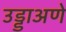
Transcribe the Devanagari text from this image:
उड्डाअणे